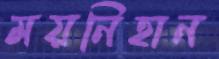
ময়নিহান